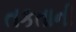
તકતાની